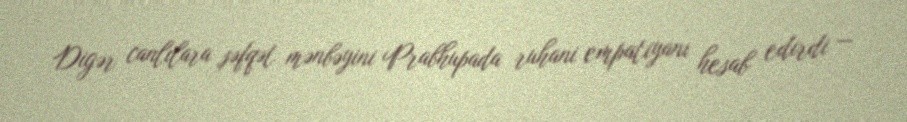
Digər canlılara şəfqət mənbəyini Prabhupada ruhani empatiyanı hesab edirdi —